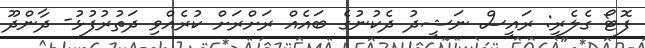
ފޮޓޯ ގެލެރީ: ރައީސް ނަޝީދު ދެކުނުގެ ބައެއް ރަށްރަށް ކުރެއްވި ދަތުރުފުޅު- ދާންދޫ